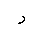
Letter: _ra